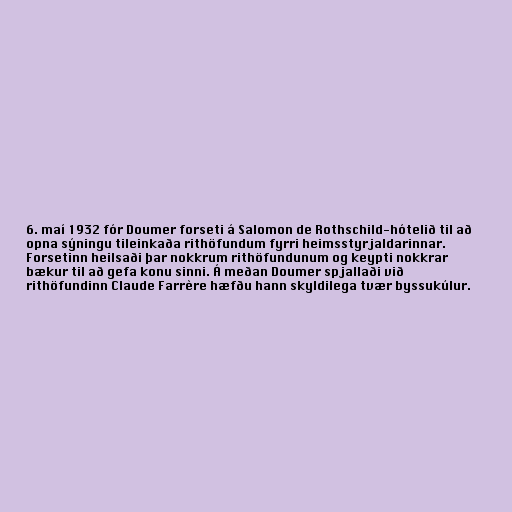
6. maí 1932 fór Doumer forseti á Salomon de Rothschild-hótelið til að
opna sýningu tileinkaða rithöfundum fyrri heimsstyrjaldarinnar.
Forsetinn heilsaði þar nokkrum rithöfundunum og keypti nokkrar
bækur til að gefa konu sinni. Á meðan Doumer spjallaði við
rithöfundinn Claude Farrère hæfðu hann skyldilega tvær byssukúlur.